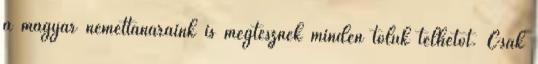
a magyar némettanáraink is megtesznek minden tőlük telhetőt. Csak